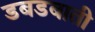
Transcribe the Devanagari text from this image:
डबडबाती